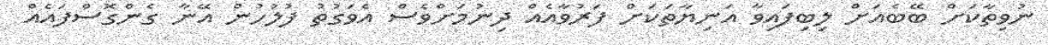
ނުވިތާކަށް ބޭބެއަށް ލިބިފައިވާ އަނިޔާތަކަށް ފަރުވާއެއް ދިނުމަށްވެސް އެވަގުތު ފުލުހުން އޭނާ ގެންގޮސްފައެެއް